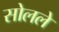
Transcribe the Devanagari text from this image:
सोलले